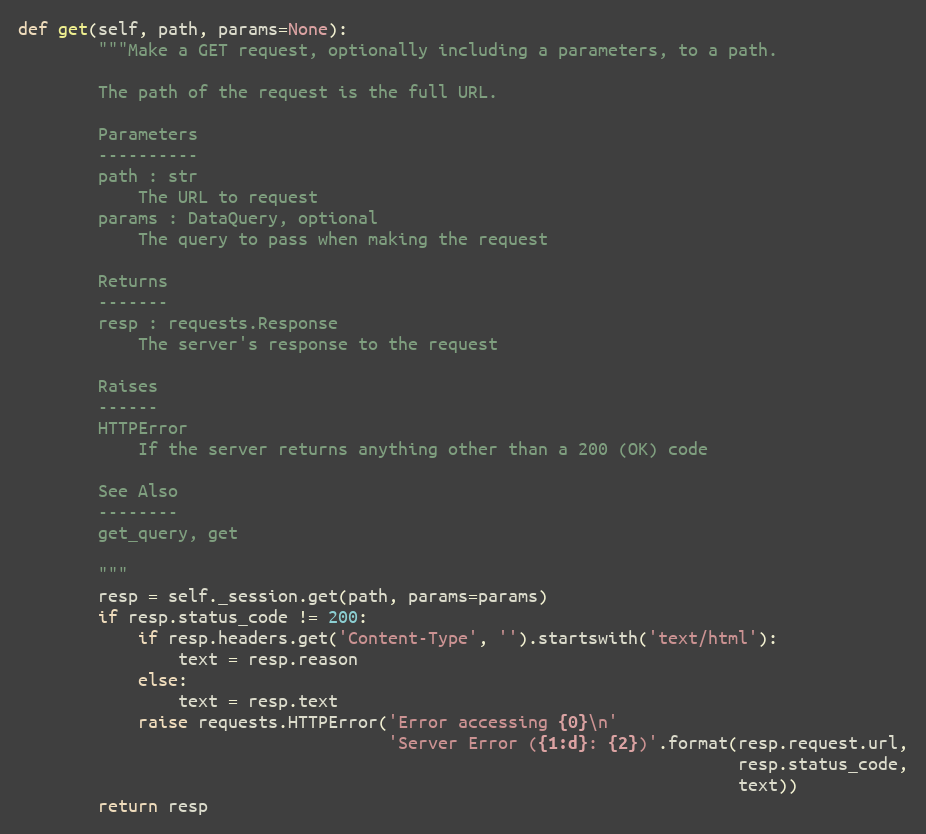
Language: Python
def get(self, path, params=None):
        """Make a GET request, optionally including a parameters, to a path.

        The path of the request is the full URL.

        Parameters
        ----------
        path : str
            The URL to request
        params : DataQuery, optional
            The query to pass when making the request

        Returns
        -------
        resp : requests.Response
            The server's response to the request

        Raises
        ------
        HTTPError
            If the server returns anything other than a 200 (OK) code

        See Also
        --------
        get_query, get

        """
        resp = self._session.get(path, params=params)
        if resp.status_code != 200:
            if resp.headers.get('Content-Type', '').startswith('text/html'):
                text = resp.reason
            else:
                text = resp.text
            raise requests.HTTPError('Error accessing {0}\n'
                                     'Server Error ({1:d}: {2})'.format(resp.request.url,
                                                                        resp.status_code,
                                                                        text))
        return resp